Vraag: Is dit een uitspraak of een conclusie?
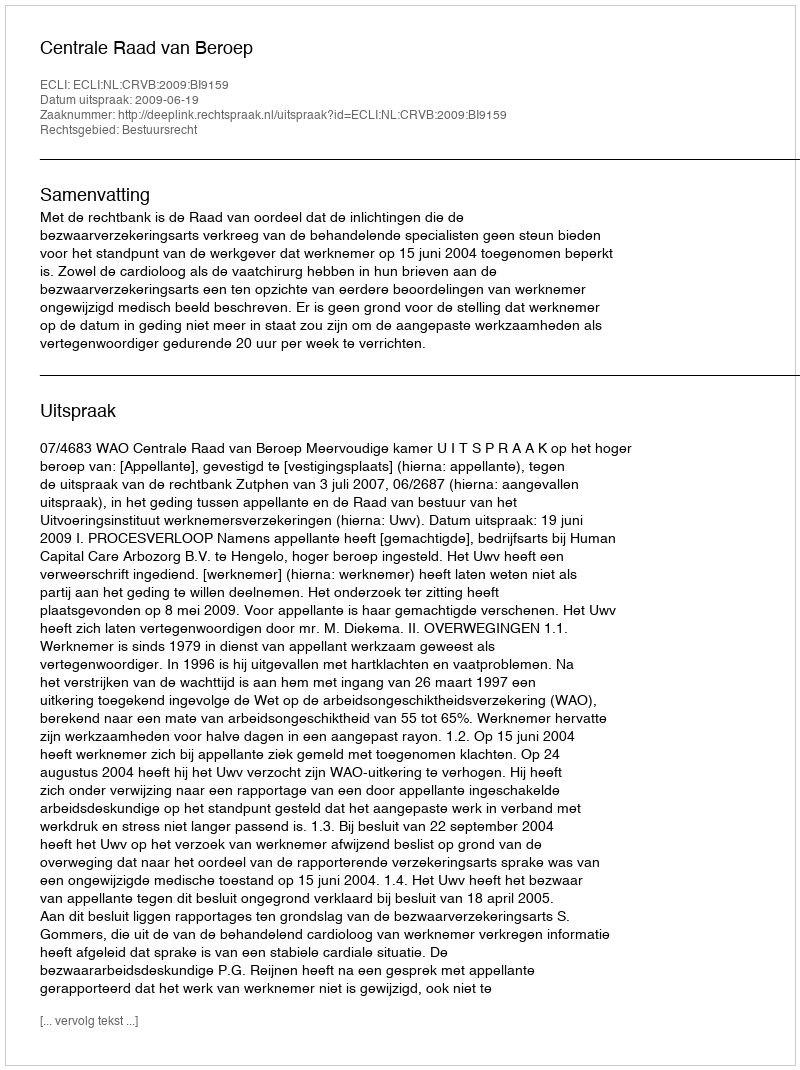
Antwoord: Uitspraak